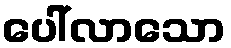
ပေါ်လာသော